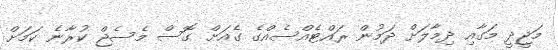
މަޖީދީ މަގާއި ދިމާލަށް ދަމުން ރައްޓެއްސެއްގެ ގެއަށް ގޮސް މެސެޖް ކުރާނެ ކަމަށް